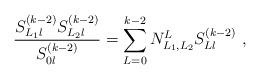
LaTeX: \begin{align*}\frac{S^{(k-2)}_{L_1l}S^{(k-2)}_{L_2l}}{S^{(k-2)}_{0l}}= \sum_{L=0}^{k-2}N_{L_1,L_2}^L S^{(k-2)}_{Ll}~,\end{align*}